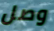
وصل